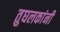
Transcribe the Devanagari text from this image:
तुघलकांनी